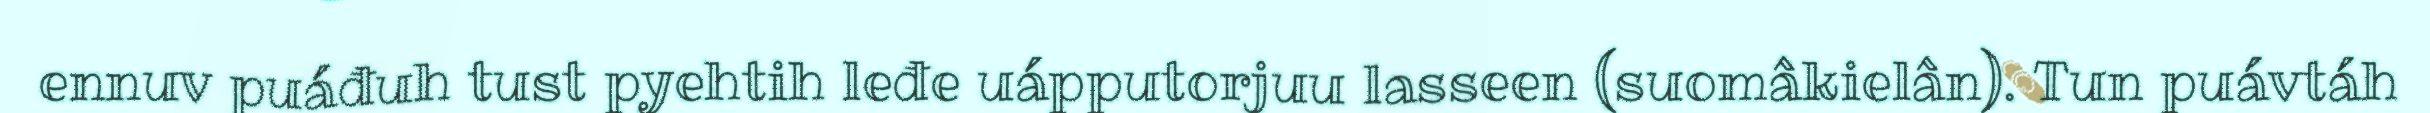
ennuv puáđuh tust pyehtih leđe uápputorjuu lasseen (suomâkielân). Tun puávtáh